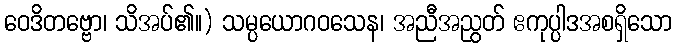
ဝေဒိတဗ္ဗော၊ သိအပ်၏။) သမ္ပယောဂဝသေန၊ အညီအညွတ် ဧကုပ္ပါဒအစရှိသော